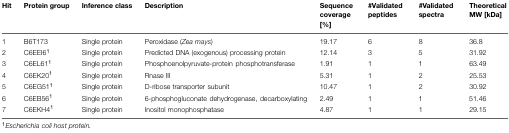
<table><thead><tr><td><b>Hit</b></td><td><b>Protein group</b></td><td><b>Inference class</b></td><td><b>Description</b></td><td><b>Sequence coverage [%]</b></td><td><b>#Validated peptides</b></td><td><b>#Validated spectra</b></td><td><b>Theoretical MW [kDa]</b></td></tr></thead><tbody><tr><td>1</td><td>B6T173</td><td>Single protein</td><td>Peroxidase (<i>Zea mays</i>)</td><td>19.17</td><td>6</td><td>8</td><td>36.8</td></tr><tr><td>2</td><td>C6EEI6<sup>1</sup></td><td>Single protein</td><td>Predicted DNA (exogenous) processing protein</td><td>12.14</td><td>3</td><td>5</td><td>31.92</td></tr><tr><td>3</td><td>C6EL61<sup>1</sup></td><td>Single protein</td><td>Phosphoenolpyruvate-protein phosphotransferase</td><td>1.91</td><td>1</td><td>1</td><td>63.49</td></tr><tr><td>4</td><td>C6EK20<sup>1</sup></td><td>Single protein</td><td>Rnase III</td><td>5.31</td><td>1</td><td>2</td><td>25.53</td></tr><tr><td>5</td><td>C6EG51<sup>1</sup></td><td>Single protein</td><td>D-ribose transporter subunit</td><td>10.47</td><td>1</td><td>2</td><td>30.92</td></tr><tr><td>6</td><td>C6EB56<sup>1</sup></td><td>Single protein</td><td>6-phosphogluconate dehydrogenase, decarboxylating</td><td>2.49</td><td>1</td><td>1</td><td>51.46</td></tr><tr><td>7</td><td>C6EKH4<sup>1</sup></td><td>Single protein</td><td>Inositol monophosphatase</td><td>4.87</td><td>1</td><td>1</td><td>29.15</td></tr></tbody></table>